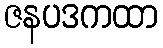
ဇနပဒကထာ